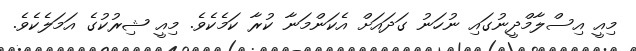
މިއީ އިސްލާމްދީނުގައި ނުހަނު ގަދައަށް އެކަންމަނާ ކުރާ ކަމެކެވެ. މިއީ ޝިރުކުގެ އަމަލެކެވެ.